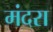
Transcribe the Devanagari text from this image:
मंदरा